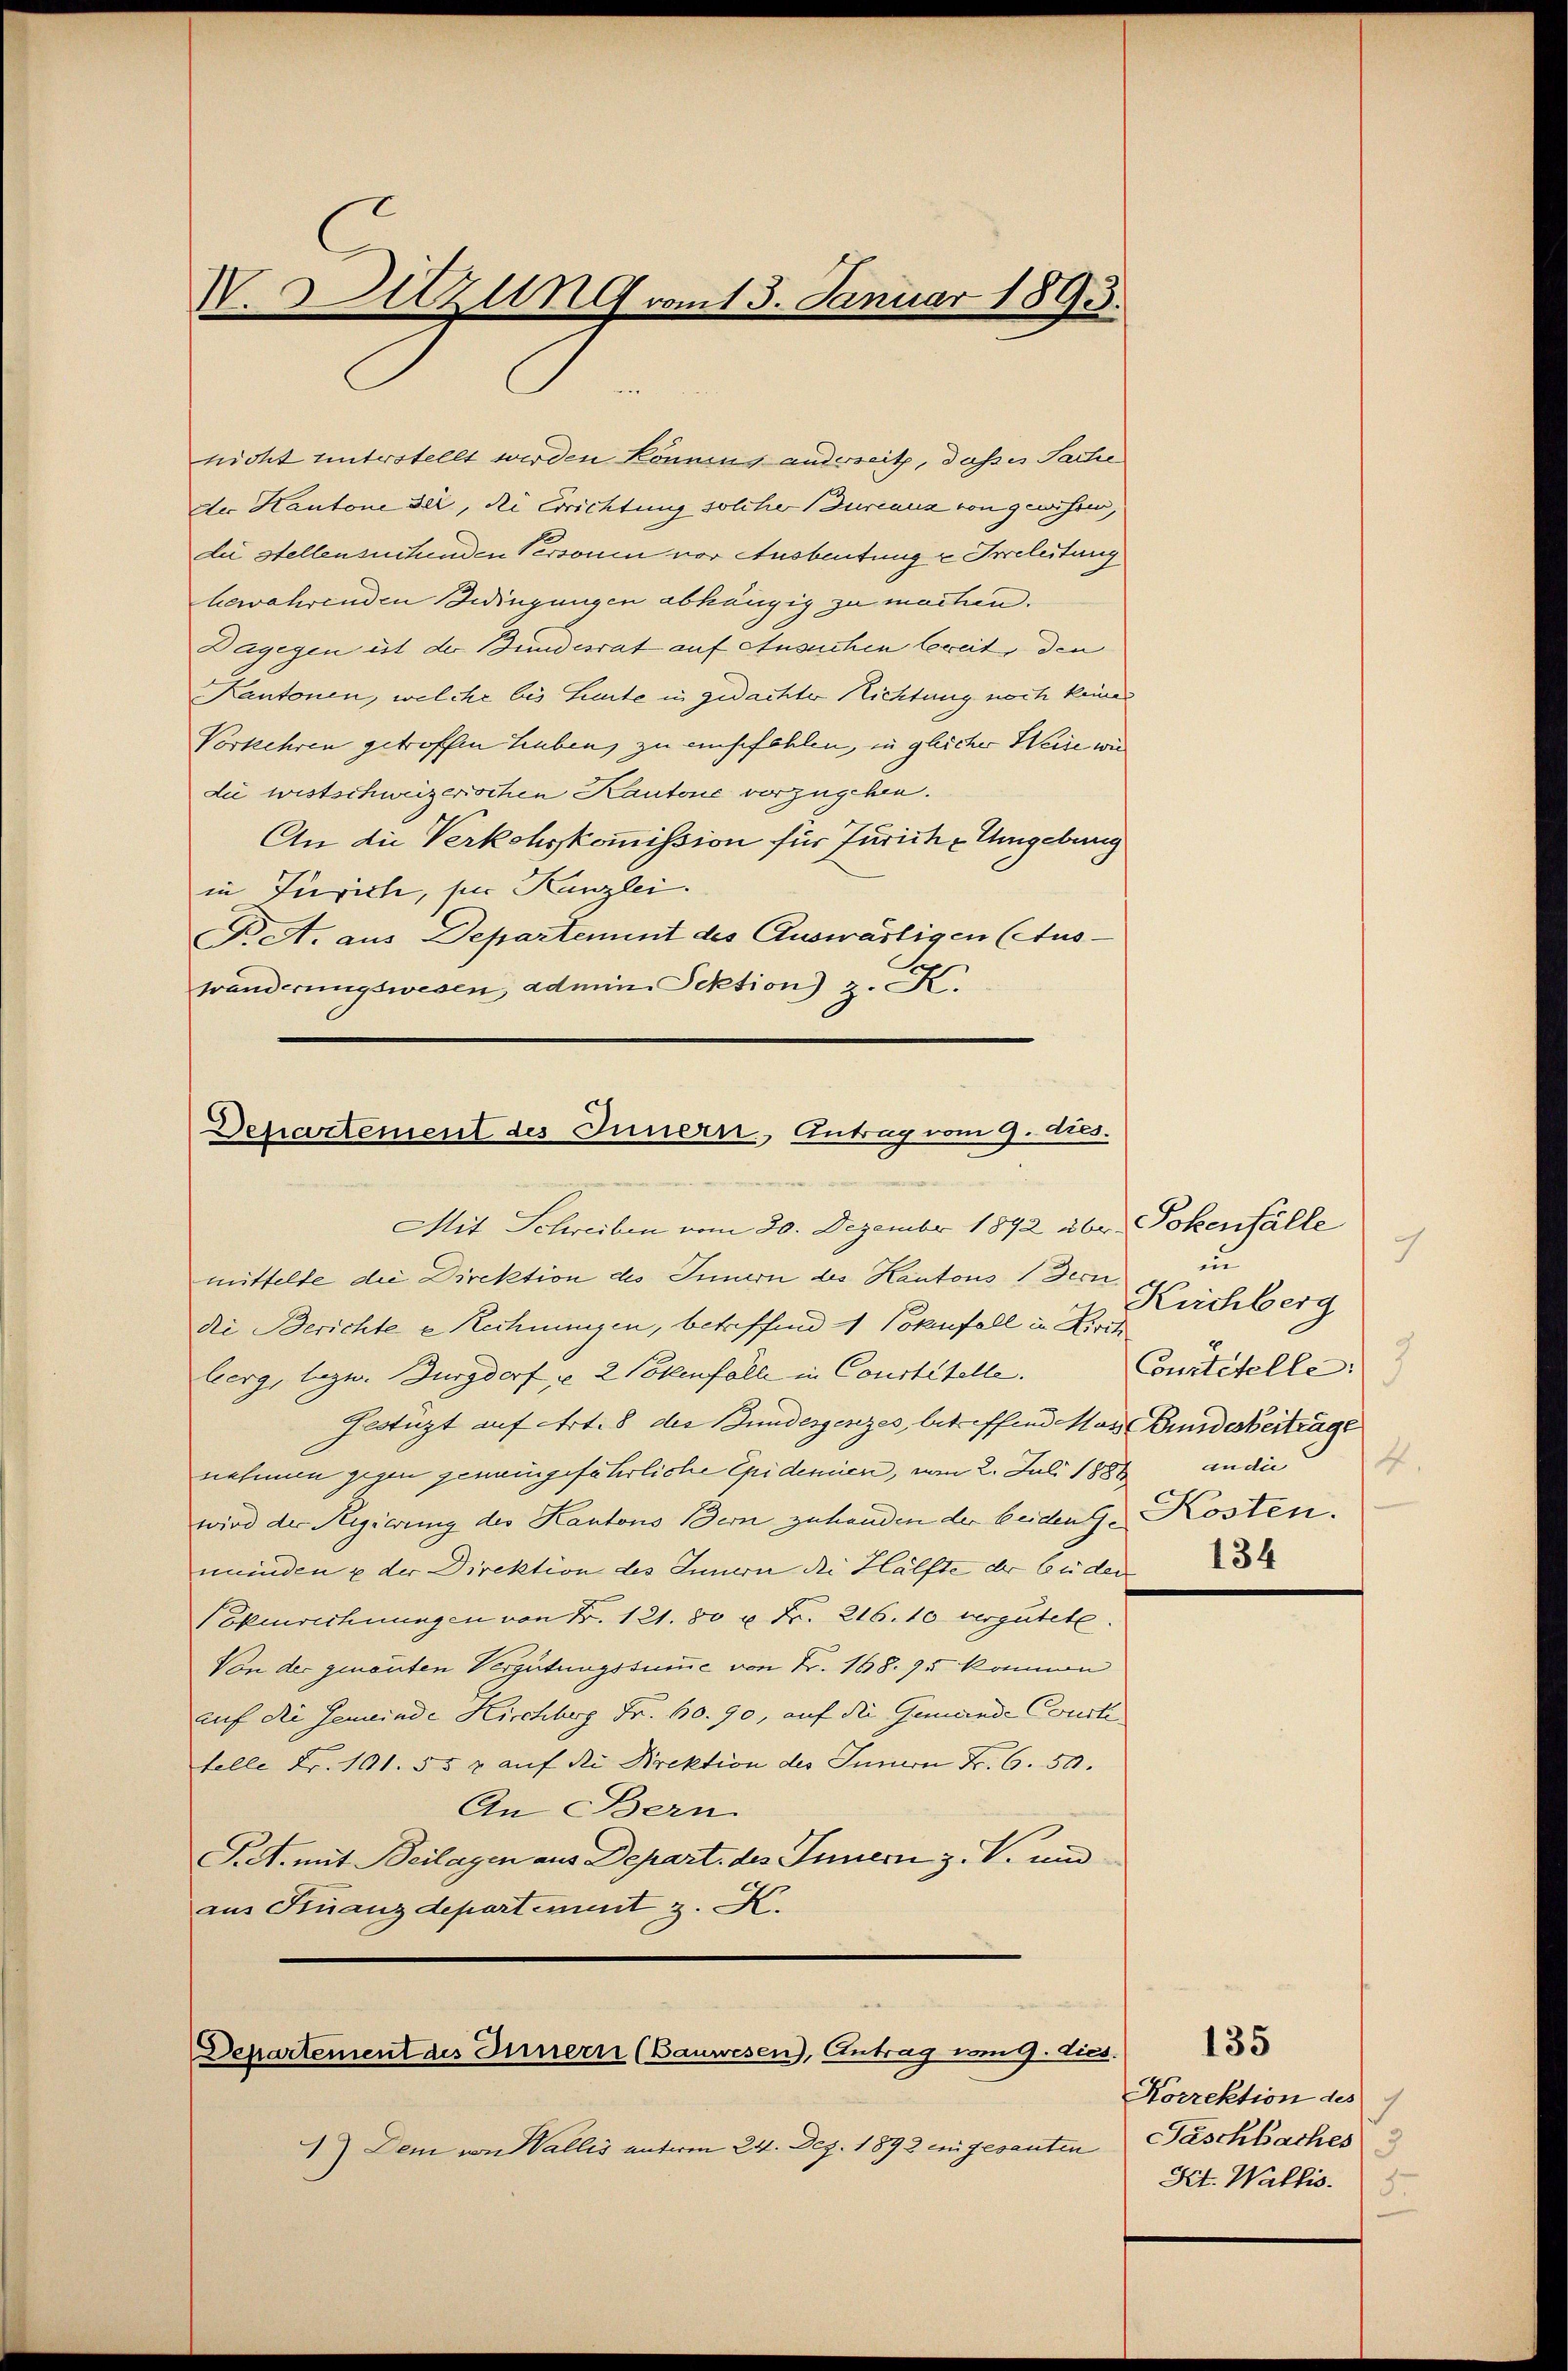
V. Sitzung vom 13. Januar 1893.

nicht unterstellt werden könnens anderseit, daß es Sache
der Kantone sei, die Errichtung solcher Durcauz von gewissen,
die Stellensuchenden Personen vor Ausbeutung u Irreleitung
bewahrenden Bedingungen abhängig zu machen.
Dagegen ist der Bundesrat auf Ansuchen bereit, den
Kantonen, welche bis Lieute in gedachter Nichtung noch keines
Vorkehren getroffen haben, zu empfehlen, in gleicher Wein wie
die westschweizerischen Kantone vorzugeben.
An die Verkohrskommission für Jurich & Umgebung
in Zürich, für Kanzlei.
Pet. aus Departement des Auswärtigen (Aus-
wänderungswesen, admine Pektion z. K.

Dehartement des Innern, Antrag vom 9. ds.

Mit Schreiben vom 20. Dezember 1892 über Pokenfälle
mittelte die Direktion des Innern des Kantons (Dern
die Berichte u Rechnungen, betreffend 1 Votenfall in Kirch
berg, bezw. Burgdorf u. 2 Polenfalle in Constitelle.
Gestüzt auf Art. 8 des Bundesgesezes, betreffend Mas Bundesvertrage
nehmen gegen geneingefährliche Epidemien, vom 2. Juli 1882 ande
wird der Regierung des Kantons Bern zuhanden der beiden G. Kosten.
minden u der Direktion des Innern die Hälfte der Guder
Sokenrechnungen von Nr. 121. 80 u. Fr. 216. 10 vergütete
Von der genanten Vergütungssumme von Fr. 168. 95 können
auf die Gemeinde Kirchberg Fr. 60. 90, auf die Gemeinde Courte
telle Fr. 101. 55 x auf die Direktion des Innern Fr. 6. 50.
An Bern.
P.A. mit Beilagen aus Depart des Innern z. V. und
aus Finanzdepartiment z. K.

Departement des Innern (Bauwesen), Antrag vom 9. Dies

1) Dem von Vallis unterm 24. Dez. 1892 eingesanten

7
in
Kuchberg
3
Courtitelle:
4
134

135
Sorrektion des
Jaschbaches
Kt. Wallis.